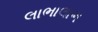
લાભાલાભ